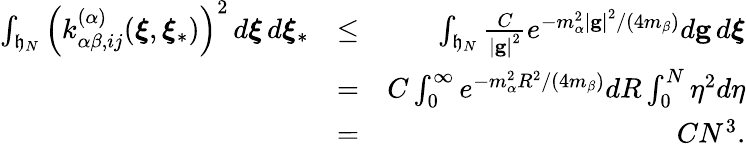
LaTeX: \begin{array}{rlr}{\int_{\mathfrak{h}_{N}}\left(k_{\alpha\beta,ij}^{\left(\alpha\right)}(\boldsymbol{\xi},\boldsymbol{\xi}_{\ast})\right)^{2}\, d\boldsymbol{\xi\, }d\boldsymbol{\xi}_{\ast}}&{\leq}&{\int_{\mathfrak{h}_{N}}\frac{C}{\left\vert\mathbf{g}\right\vert^{2}}e^{-m_{\alpha}^{2}\left\vert\mathbf{g}\right\vert^{2}/\left(4m_{\beta}\right)}d\mathbf{g}\boldsymbol{\, }d\boldsymbol{\xi}}\\ &{=}&{C\int_{0}^{\infty}e^{-m_{\alpha}^{2}R^{2}/\left(4m_{\beta}\right)}dR\int_{0}^{N}\eta^{2}d\eta}\\ &{=}&{CN^{3}\mathrm{.}}\end{array}